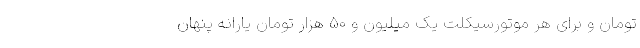
تومان و برای هر موتورسیکلت یک میلیون و 50 هزار تومان یارانه پنهان